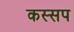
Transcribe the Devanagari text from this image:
कस्सप